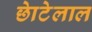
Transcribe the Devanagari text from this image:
छाेटेलाल